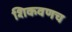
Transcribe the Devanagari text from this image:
शिकवणच